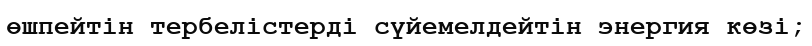
өшпейтін тербелістерді сүйемелдейтін энергия көзі;